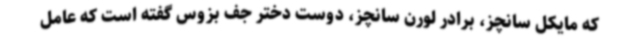
که مایکل سانچز، برادر لورن سانچز، دوست دختر جف بزوس گفته است که عامل